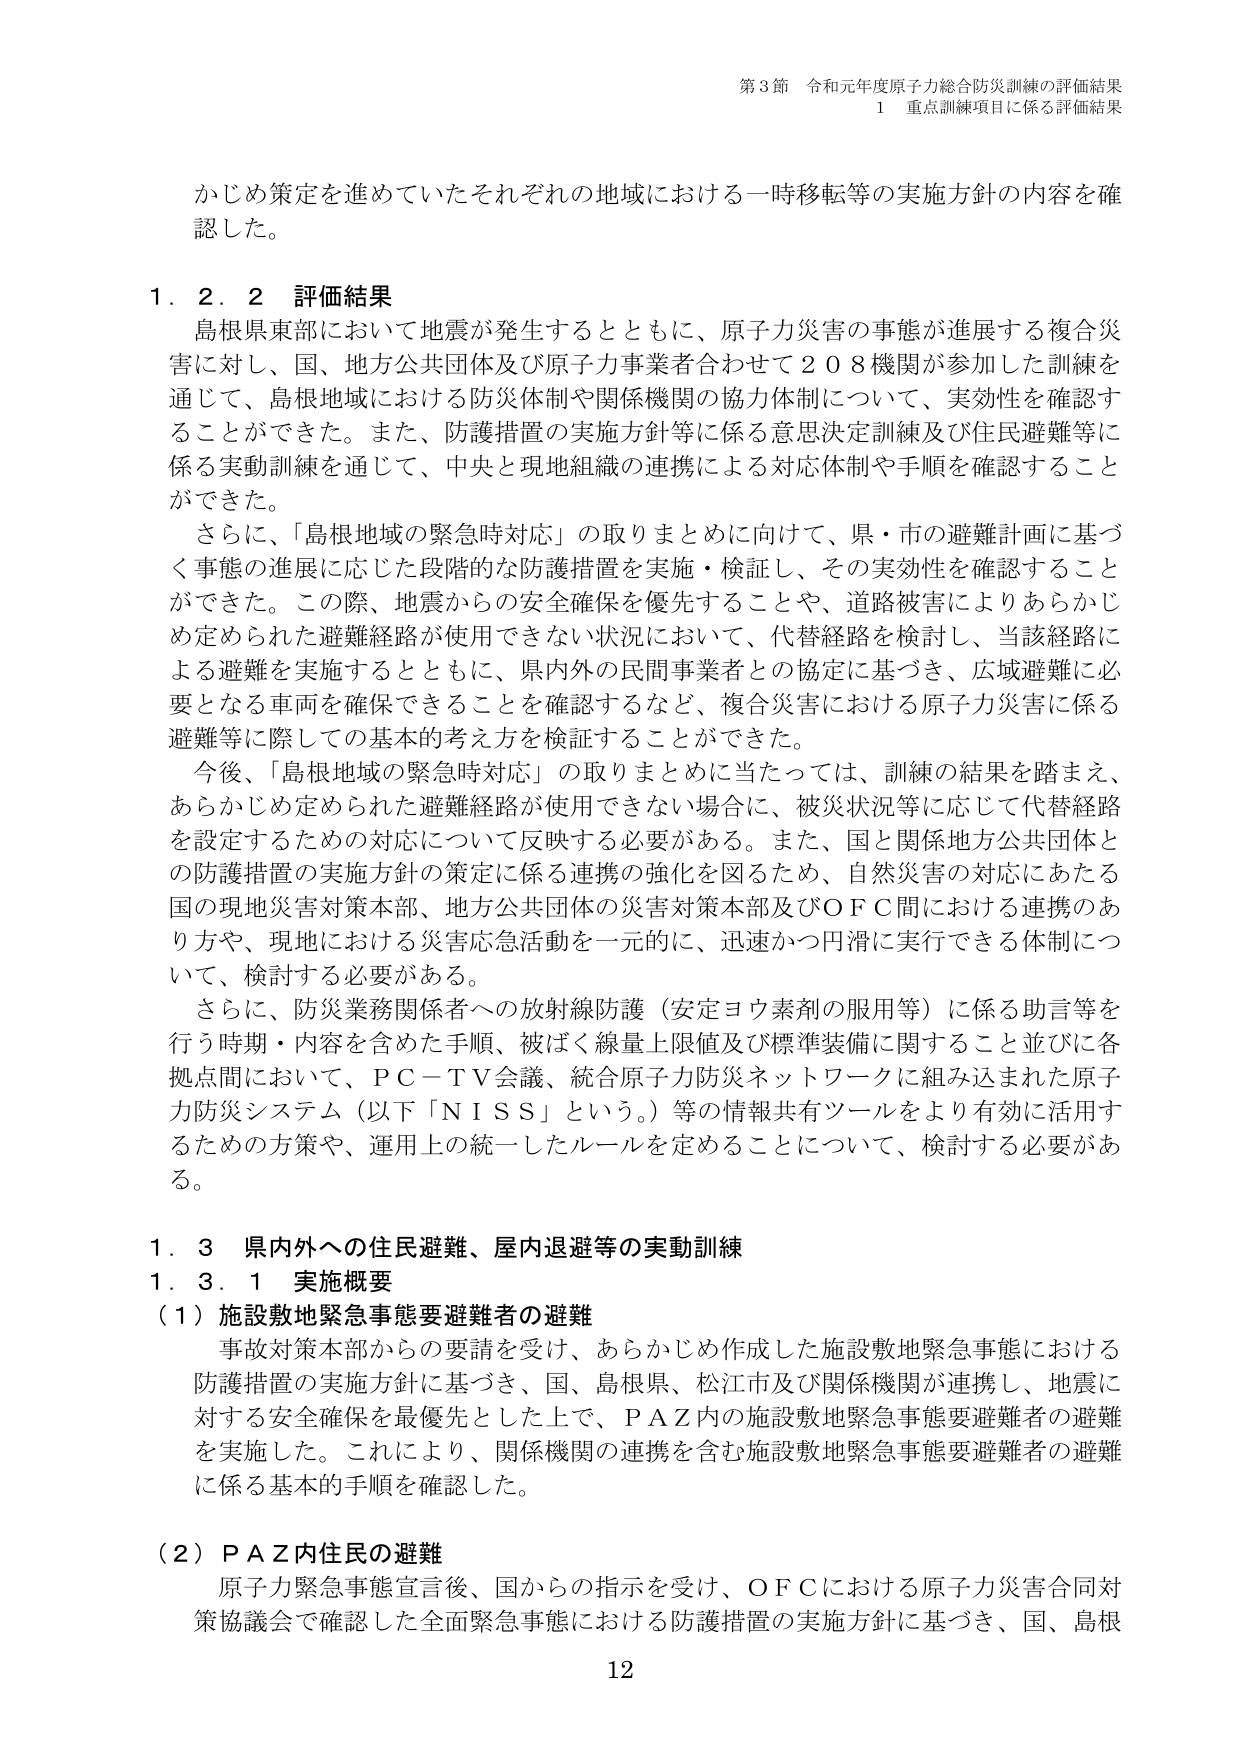
第3節 令和元年度原子力総合防災訓練の評価結果
1 重点訓練項目に係る評価結果

かじめ策定を進めていたそれぞれの地域における一時移転等の実施方針の内容を確認した。

1.2.2 評価結果
島根県東部において地震が発生するとともに、原子力災害の事態が進展する複合災害に対し、国、地方公共団体及び原子力事業者合わせて208機関が参加した訓練を通じて、島根地域における防災体制や関係機関の協力体制について、実効性を確認することができた。また、防護措置の実施方針等に係る意思決定訓練及び住民避難等に係る実動訓練を通じて、中央と現地組織の連携による対応体制や手順を確認することができた。
さらに、「島根地域の緊急時対応」の取りまとめに向けて、県・市の避難計画に基づく事態の進展に応じた段階的な防護措置を実施・検証し、その実効性を確認することができた。この際、地震からの安全確保を優先することや、道路被害によりあらかじめ定められた避難経路が使用できない状況において、代替経路を検討し、当該経路による避難を実施するとともに、県内外の民間事業者との協定に基づき、広域避難に必要となる車両を確保できることを確認するなど、複合災害における原子力災害に係る避難等に際しての基本的考え方を検証することができた。
今後、「島根地域の緊急時対応」の取りまとめに当たっては、訓練の結果を踏まえ、あらかじめ定められた避難経路が使用できない場合に、被災状況等に応じて代替経路を設定するための対応について反映する必要がある。また、国と関係地方公共団体との防護措置の実施方針の策定に係る連携の強化を図るため、自然災害の対応にあたる国の現地災害対策本部、地方公共団体の災害対策本部及びOFC間における連携のあり方や、現地における災害応急活動を一元的に、迅速かつ円滑に実行できる体制について、検討する必要がある。
さらに、防災業務関係者への放射線防護（安定ヨウ素剤の服用等）に係る助言等を行う時期・内容を含めた手順、被ばく線量上限値及び標準装備に関すること並びに各拠点間において、PC-TV会議、統合原子力防災ネットワークに組み込まれた原子力防災システム（以下「NISS」という。）等の情報共有ツールをより有効に活用するための方策や、運用上の統一したルールを定めることについて、検討する必要がある。

1.3 県内外への住民避難、屋内退避等の実動訓練
1.3.1 実施概要
（1）施設敷地緊急事態要避難者の避難
事故対策本部からの要請を受け、あらかじめ作成した施設敷地緊急事態における防護措置の実施方針に基づき、国、島根県、松江市及び関係機関が連携し、地震に対する安全確保を最優先とした上で、PAZ内の施設敷地緊急事態要避難者の避難を実施した。これにより、関係機関の連携を含む施設敷地緊急事態要避難者の避難に係る基本的手順を確認した。

（2）PAZ内住民の避難
原子力緊急事態宣言後、国からの指示を受け、OFCにおける原子力災害合同対策協議会で確認した全面緊急事態における防護措置の実施方針に基づき、国、島根

12